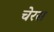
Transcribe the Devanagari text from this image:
चेरस